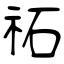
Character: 祏